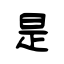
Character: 是